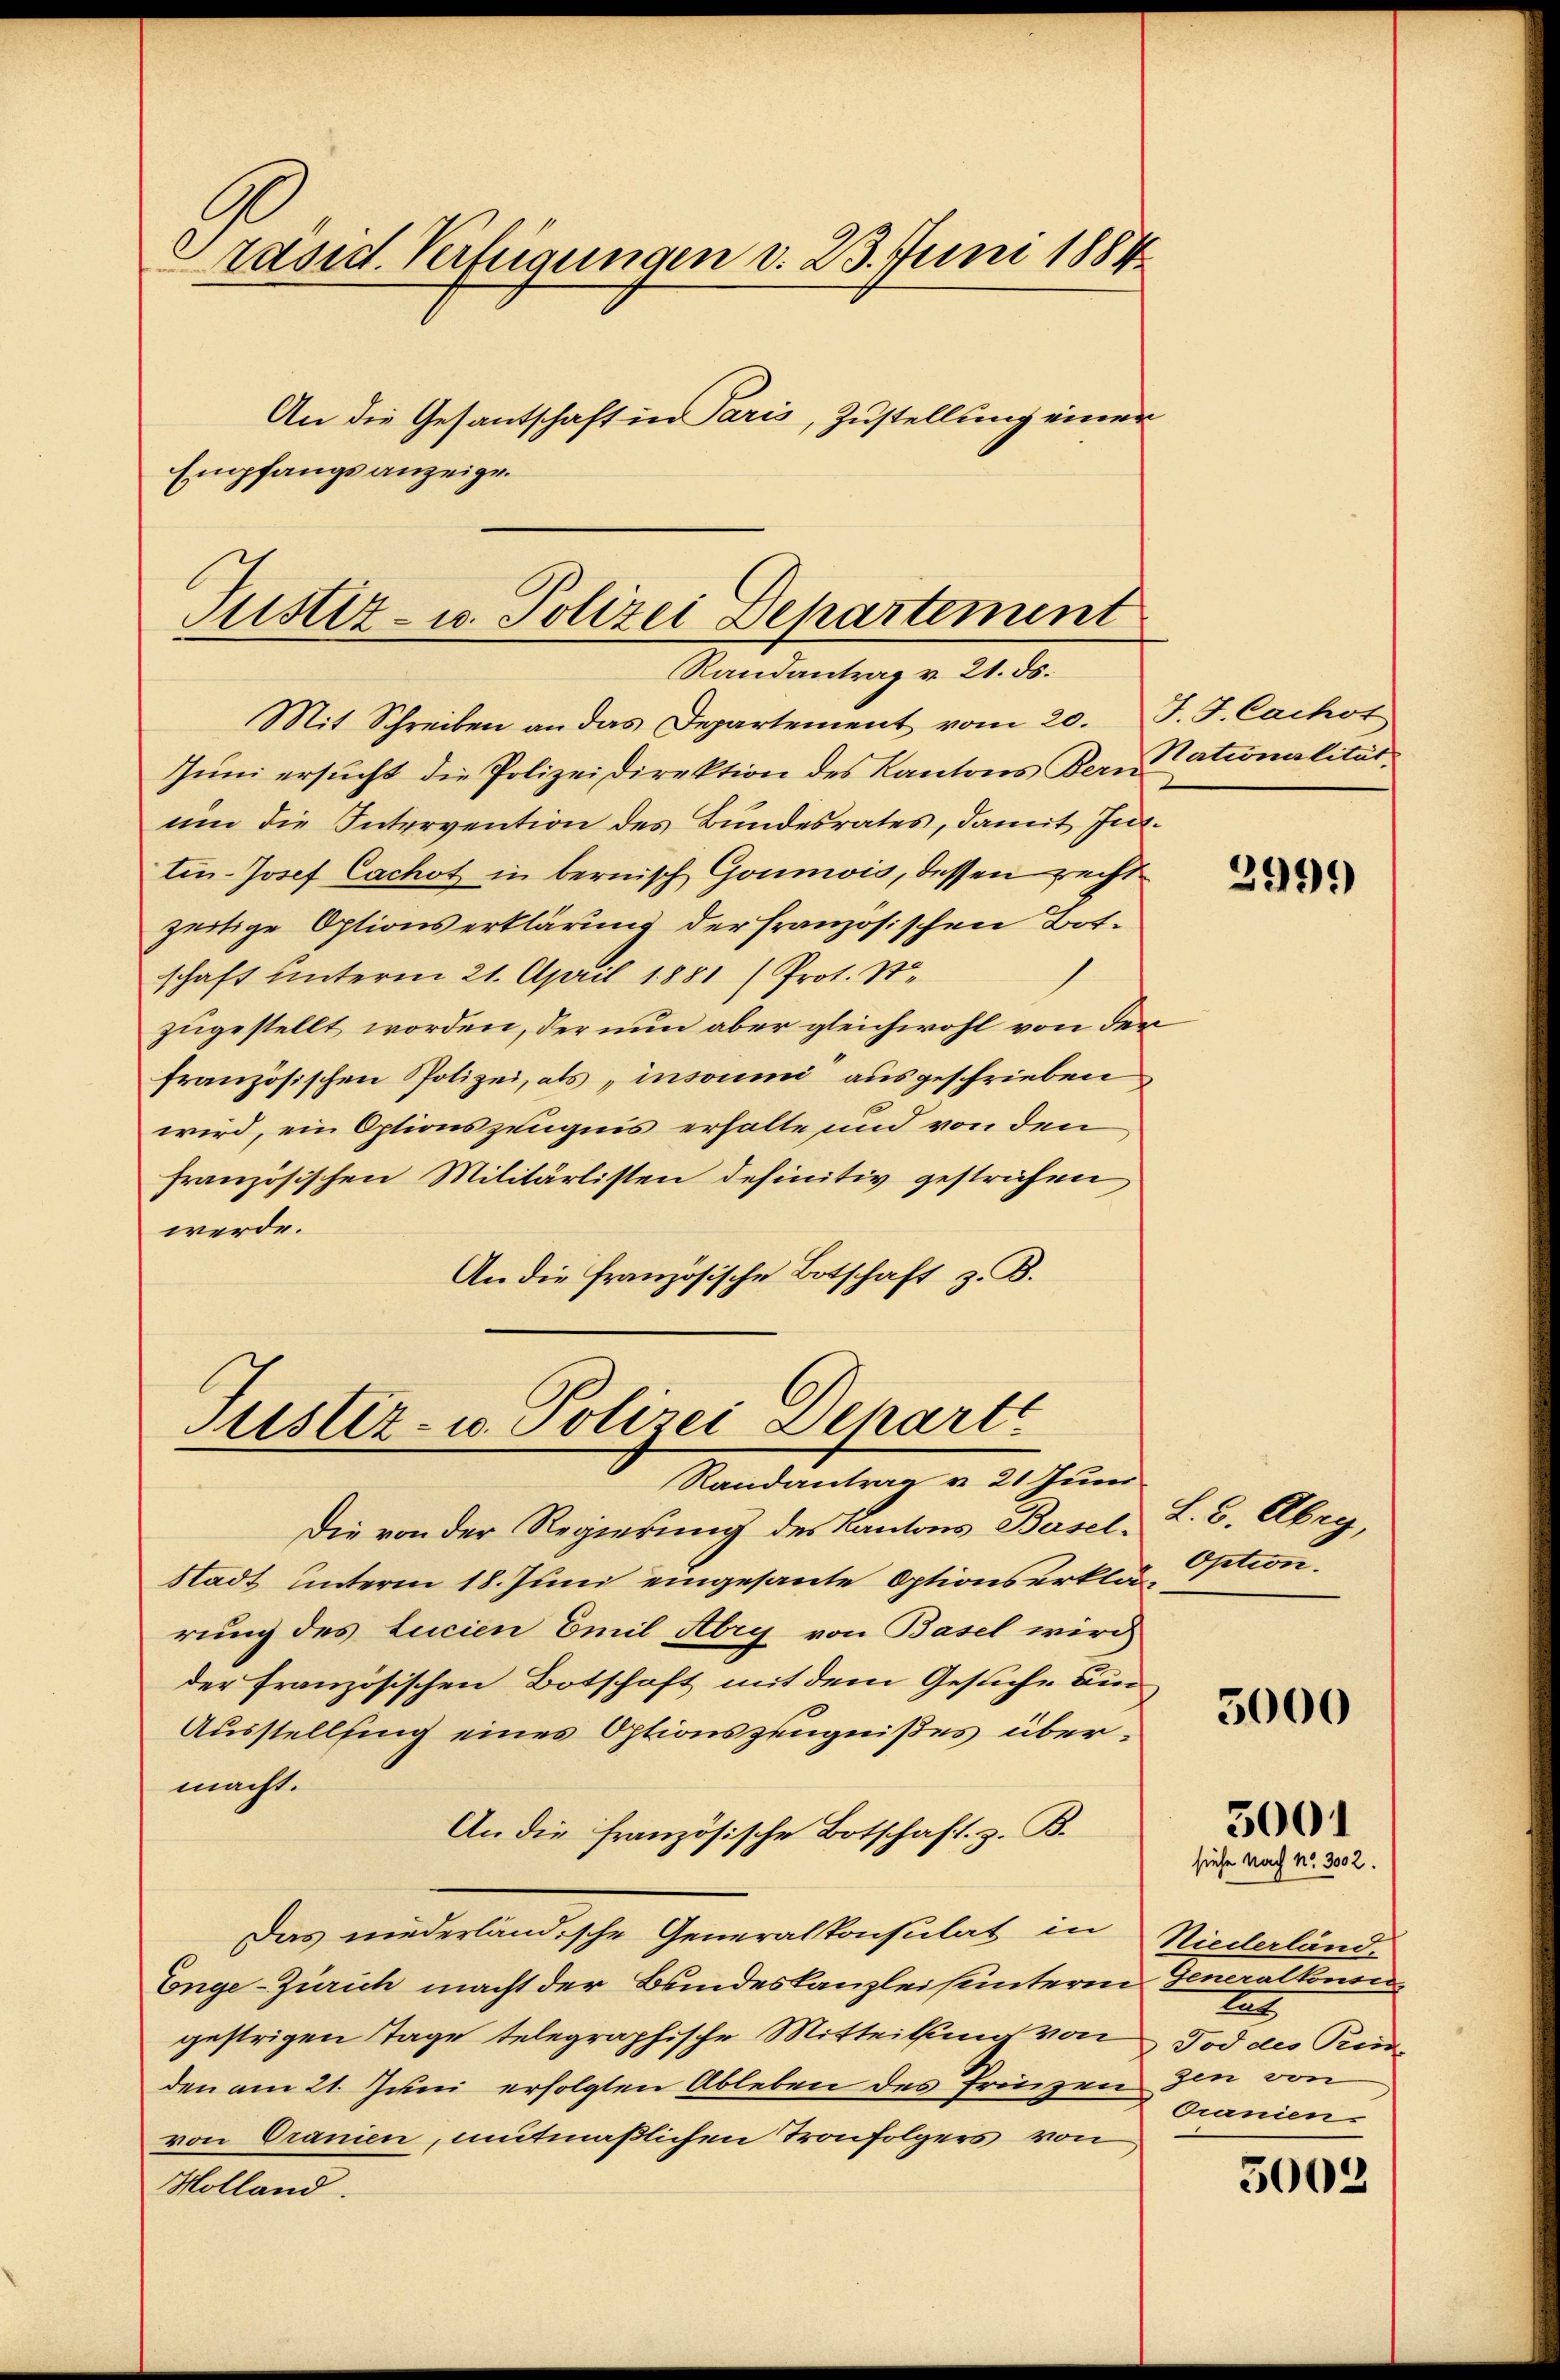
Präsid. Verfügungen d. 23. Juni 1884
An die Gesantschaft in Paris, Zustellung einer
Empfangsanzeige.

Justiz- u. Polizei Departement
Randantrag v. 21. ds.

Mit Schreiben an das Departement vom 20. J. J. Cachot
Jŭni ersŭcht die Polizeidirektion des Kantons Bern Rationalität.
ŭm die Intervention des Bundesrates, damit Int
tin-Josef Cachot in bernisch Goumis, dessen recht
zeitige Optionserklärung der französischen Botschaft unterm 21. April 1881 (Prot. Ste
zugestellt worden, der nun aber gleichwohl von der
französischen Polizei, als „insoumi ausgeschrieben
wird, ein Optionszeugnis erhalte und von den
französischen Militärlisten definitiv gestrichen
werde.
An die Französische Botschaft z. B.

Justiz- u. Polizei Dehartt
Randantrag v. 21 Juni

Die von der Regierung des Kantons Basel, L. B. Abry,
Stadt unterm 18. Juni eingesante Optionserklärung des Lucien Emil Abry von Basel wird
der französischen Botschaft mit dem Gesuche Bi
Ausstellfing eines Optionszeugnißes übermacht.
An die französische Botschaft. z. B.
Das niederländische Generalkonsulat in Niederländ-
Enge-Zürich macht der Bundeskanzleihunterm Generalkowi
gestrigen Tage telegraphische Mitteilung von
den am 21. Juni erfolgten Ableben des Prinzen
von Oranien, mitmaßlichen Tronfolgers von
Holland.

2999

Option.

5000

siehe Nach No. 3002.
1
Tod des Rin
gen von
Oranien.

3001

3002